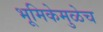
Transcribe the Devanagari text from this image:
भूमिकेमुळेच